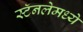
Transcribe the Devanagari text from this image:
स्टॅनलेमध्ये